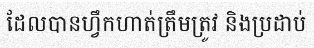
ដែលបានហ្វឹកហាត់ត្រឹមត្រូវ និងប្រដាប់